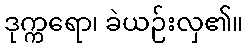
ဒုက္ကရော၊ ခဲယဉ်းလှ၏။